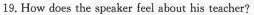
19. How does the speaker feel about his teacher?